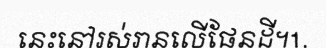
នេះនៅរស់រានលើផែនដី។1.